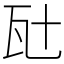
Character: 瓧